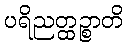
ပရိညတ္ထဉ္စာတိ